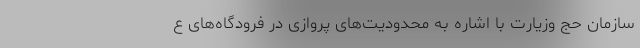
سازمان حج وزیارت با اشاره به محدودیت‌های پروازی در فرودگاه‌‌های ع